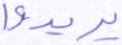
يريدوا